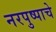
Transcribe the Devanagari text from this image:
नरपुष्पाचे